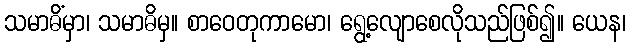
သမာဓိံမှာ၊ သမာဓိမှ။ စာဝေတုကာမော၊ ရွေ့လျောစေလိုသည်ဖြစ်၍။ ယေန၊